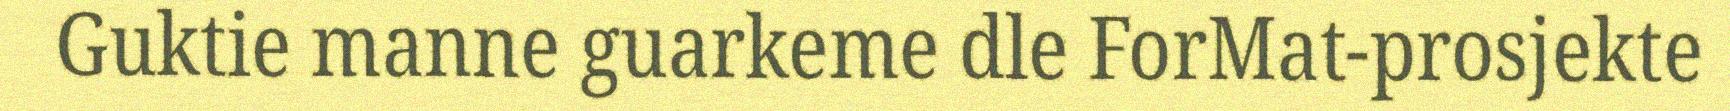
Guktie manne guarkeme dle ForMat-prosjekte